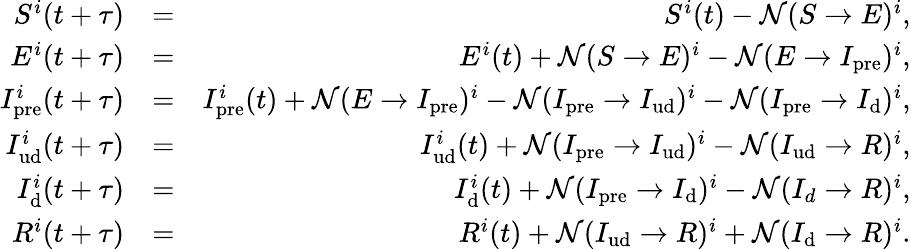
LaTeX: \begin{array}{rlr}{S^{i}(t+\tau)}&{=}&{S^{i}(t)-\mathcal{N}(S\rightarrow E)^{i},}\\ {E^{i}(t+\tau)}&{=}&{E^{i}(t)+\mathcal{N}(S\rightarrow E)^{i}-\mathcal{N}(E\rightarrow I_{\mathrm{pre}})^{i},}\\ {I_{\mathrm{pre}}^{i}(t+\tau)}&{=}&{I_{\mathrm{pre}}^{i}(t)+\mathcal{N}(E\rightarrow I_{\mathrm{pre}})^{i}-\mathcal{N}(I_{\mathrm{pre}}\rightarrow I_{\mathrm{ud}})^{i}-\mathcal{N}(I_{\mathrm{pre}}\rightarrow I_{\mathrm{d}})^{i},}\\ {I_{\mathrm{ud}}^{i}(t+\tau)}&{=}&{I_{\mathrm{ud}}^{i}(t)+\mathcal{N}(I_{\mathrm{pre}}\rightarrow I_{\mathrm{ud}})^{i}-\mathcal{N}(I_{\mathrm{ud}}\rightarrow R)^{i},}\\ {I_{\mathrm{d}}^{i}(t+\tau)}&{=}&{I_{\mathrm{d}}^{i}(t)+\mathcal{N}(I_{\mathrm{pre}}\rightarrow I_{\mathrm{d}})^{i}-\mathcal{N}(I_{d}\rightarrow R)^{i},}\\ {R^{i}(t+\tau)}&{=}&{R^{i}(t)+\mathcal{N}(I_{\mathrm{ud}}\rightarrow R)^{i}+\mathcal{N}(I_{\mathrm{d}}\rightarrow R)^{i}.}\end{array}